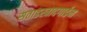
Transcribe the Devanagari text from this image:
सताडस्त्रादगार्डन